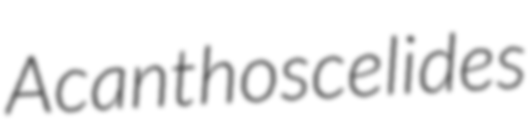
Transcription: Acanthoscelides